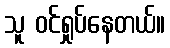
သူ ဝင်ရှုပ်နေတယ်။